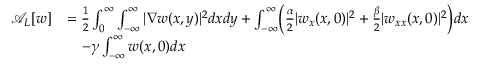
\begin{array} { r l } { \mathcal A _ { L } [ w ] } & { = \frac { 1 } { 2 } \int _ { 0 } ^ { \infty } \int _ { - \infty } ^ { \infty } | \nabla w ( x , y ) | ^ { 2 } d x d y + \int _ { - \infty } ^ { \infty } \Bigl ( \frac { \alpha } { 2 } | w _ { x } ( x , 0 ) | ^ { 2 } + \frac { \beta } { 2 } | w _ { x x } ( x , 0 ) | ^ { 2 } \Bigr ) d x } \\ & { \quad - \gamma \int _ { - \infty } ^ { \infty } w ( x , 0 ) d x } \end{array}